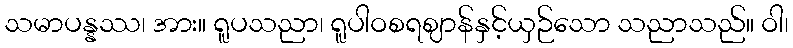
သမာပန္နဿ၊ အား။ ရူပသညာ၊ ရူပါဝစရဈာန်နှင့်ယှဉ်သော သညာသည်။ ဝါ၊